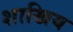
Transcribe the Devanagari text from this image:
शाखिय